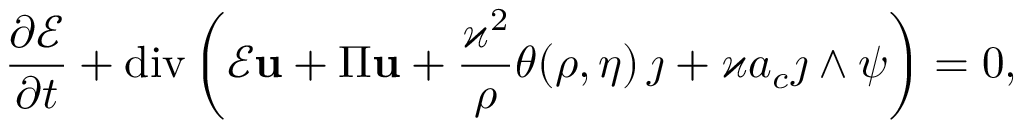
\frac { \partial \mathcal { E } } { \partial t } + \mathrm { d i v } \left( \mathcal { E } \mathbf { u } + \Pi \mathbf { u } + \frac { \varkappa ^ { 2 } } { \rho } \theta ( \rho , \eta ) \, \j + \varkappa a _ { c } \j \wedge \boldsymbol { \psi } \right) = 0 ,